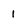
Character: 1